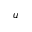
u